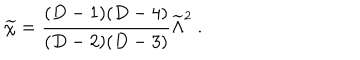
{ \widetilde \chi } = { \frac { ( D - 1 ) ( D - 4 ) } { ( D - 2 ) ( D - 3 ) } } { \widetilde \Lambda } ^ { 2 } ~ .